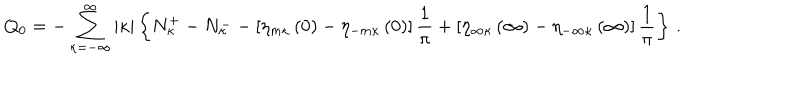
Q _ { 0 } = - \sum _ { \kappa = - \infty } ^ { \infty } \vert \kappa \vert \left\{ N _ { \kappa } ^ { + } - N _ { \kappa } ^ { -- } \left[ \eta _ { m \kappa } \left( 0 \right) - \eta _ { - m \kappa } \left( 0 \right) \right] \frac { 1 } { \pi } + \left[ \eta _ { \infty \kappa } \left( \infty \right) - \eta _ { - \infty \kappa } \left( \infty \right) \right] \frac { 1 } { \pi } \right\} \, .